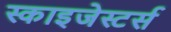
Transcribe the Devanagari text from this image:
स्काइजेस्टर्स